Report on the Civil Veterinary Department, Eastern Bengal and Assam - 1907-1911
Year: 1907
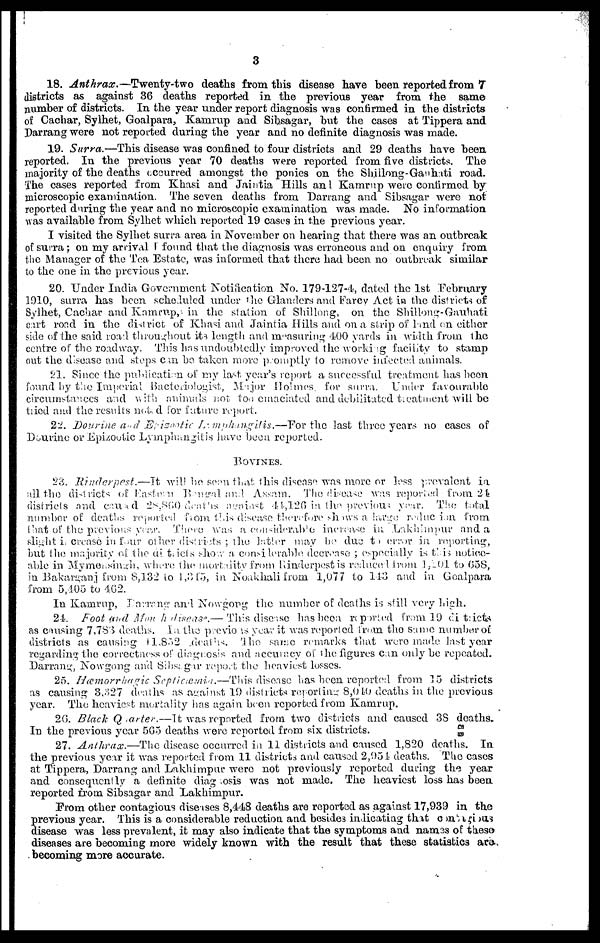
3
18. Anthrax.—Twenty-two
deaths from this disease have been reported from 7
districts as against 36 deaths reported in the previous year from the same
number of districts. In the year under report diagnosis was confirmed in the districts
of Cachar, Sylhet, Goalpara, Kamrup and Sihsagar, but the cases at Tippera and
Darrang were not reported during the year and no definite diagnosis was made.
19. Surra.—This disease was confined to four districts and 29 deaths have been
reported. In the previous year 70 deaths were reported from five districts. The
majority of the deaths occurred amongst the ponies on the Shillong-Gauhati road.
The cases reported from Khasi and Jaintia Hills and Kamrup were confirmed by
microscopic examination. The seven deaths from Darrang and Sihsagar were not
reported during the year and no microscopic examination was made. No information
was available from Sylhet which reported 19 cases in the previous year.
I visited the Sylhet surra area in November on hearing that there was an outbreak
of surra; on my arrival I found that the diagnosis was erroneous and on enquiry from
the Manager of the Tea Estate, was informed that there had been no outbreak similar
to the one in the previous year.
20. Under India Government Notification No. 179-127-4, dated the 1st February
1910, surra has been scheduled under the Glanders and Farcy Act in the districts of
Sylhet, Cachar and Kamrup, in the station of Shillong, on the Shillong-Gauhati
cart road in the district of Khasi and Jaintia Hills and on a strip of land on either
side of the said road throughout its length and measuring 400 yards in width from the
centre of the roadway. This has undoubtedly improved the working facility to stamp
out the disease and steps can be taken more promptly to remove infected animals.
21. Since the publication of my last year's report a successful treatment has been
found by the Imperial Bacteriologist, Major Holmes. for surra. Under favourable
circumstances and with animals not too emaciated and debilitated treatment will be
tried and the results noted for future report.
22. Dourine and Erizantic Lamphangits.—For
the last three years no cases of
Dourine or Epizootic Lymphangitis have been reported.
BOVINES.
23. Rinderpest.—It will bo seen that this disease was more or less prevalent in.
all the districts of Eastern Bengal and Assam. The disease was reported from 24
districts and caused 28.860 deaths agaiast 44,126 in the previous year. The total
number of deaths reported from this disease therefore shows a large reduction from
that of the previous year. There was a considerable increase in Lakhimpur and a
slight increase in four other districts; the latter may be due to error in reporting,
but the majority of the districts show a. corsilerable decrease; especially is this notice-
able in Mymensingh, where the mortality from Rinderpest is reduced from 1,201 to 658,
in Bakarganj from 8,132 to 1,315, in Noakhali from 1,077 to 143 and in Goalpara
from 5,405 to 462.
In Kamrup, Darrang and Nowgong the number of deaths is still very high.
21. Foot and Mouth disease.— This disease has been reported from 19 districts
as causing 7,783 death. In the previous year it was reported from the same number of
districts as causing 11,852 death. The same remarks that were made last year
regarding the correctness of diagnosis and accuracy of the figures can only be repeated.
Darrang, Nowgong and Sibsagar report the heaviest losses.
25. Hæmorrhagic Septicæmia.—This
disease has been reported from 15 districts
as causing 3,327 deaths as against 19 districts reporting 8,040 deaths in the previous
year. The heaviest mortality has again been reported from Kamrup.
26. Black Quarter.—It was reported from two districts and caused 3S deaths.
In the previous year 5G5 deaths were reported from six districts.
27. Anthrax.—The
disease occurred in 11 districts and caused 1,820 deaths. In
the previous year it was reported from 11 districts and caused 2,051 deaths. The cases
at Tippera, Darrang and Lakhimpur were not previously reported during the year
and consequently a definite diagnosis was not made. The heaviest loss has been
reported from Sibsagar and Lakhimpur.
From other contagious diseases 8,448 deaths are reported as against 17,939 in the
previous year. This is a considerable reduction and besides indicating that
contagious
disease was less prevalent, it may also indicate that the symptoms and names of these
diseases are becoming more widely known with the result that these statistics are
becoming more accurate.